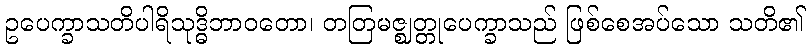
ဥပေက္ခာသတိပါရိသုဒ္ဓိဘာဝတော၊ တတြမဇ္ဈတ္တုပေက္ခာသည် ဖြစ်စေအပ်သော သတိ၏